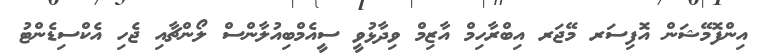
އިންފޮމޭޝަން އޮފިސަރ މޭޖަރ އިބްރާހިމް އާޒިމް ވިދާޅުވީ ސީއެެމްބިއުލާންސް ލޯންޗާއި ޖެެހި އެކްސިޑެންޓު